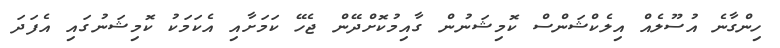
ހިންގާނެ އުސޫލެއް އިލެކްޝަންސް ކޮމިޝަނުން ގާއިމުކޮށްދޭން ޖެހޭ ކަމަށާއި އެކަމަކު ކޮމިޝަނުގައި އެފަދަ